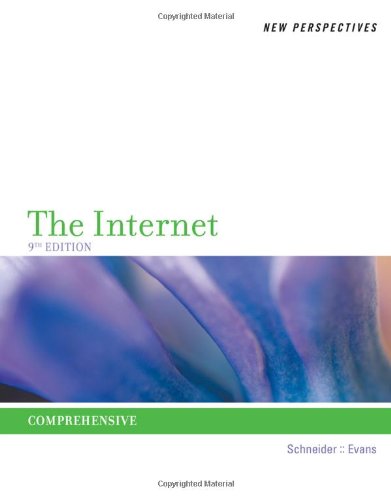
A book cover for New Perspectives on the Internet: Comprehensive; Gary P. Schneider; Computers & Technology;